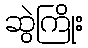
ဆွဲကြိုး